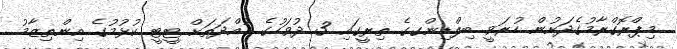
މިޕްރޮގްރާމުގެދަށުން ހުރަވީ ބިލްޑިިންގގެ ތިރީގައި 3 ދުވަހުގެ މުއްދަތަށް ޓީޓީ ކުޅުމުގެ އިންތިޒާމު